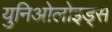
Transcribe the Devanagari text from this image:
युनिओलोइड्स